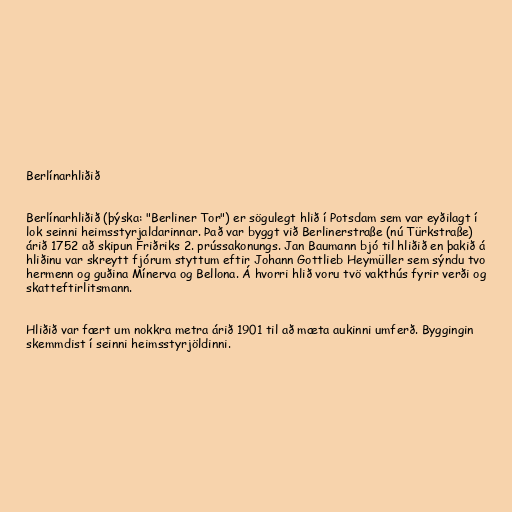
Berlínarhliðið

Berlínarhliðið (þýska: "Berliner Tor") er sögulegt hlið í Potsdam sem var eyðilagt í
lok seinni heimsstyrjaldarinnar. Það var byggt við Berlinerstraße (nú Türkstraße)
árið 1752 að skipun Friðriks 2. prússakonungs. Jan Baumann bjó til hliðið en þakið á
hliðinu var skreytt fjórum styttum eftir Johann Gottlieb Heymüller sem sýndu tvo
hermenn og guðina Mínerva og Bellona. Á hvorri hlið voru tvö vakthús fyrir verði og
skatteftirlitsmann.

Hliðið var fært um nokkra metra árið 1901 til að mæta aukinni umferð. Byggingin
skemmdist í seinni heimsstyrjöldinni.